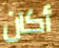
أكان